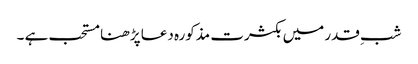
شبِ قدر میں بکثرت مذکورہ دعا پڑھنا مستحب ہے ۔